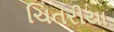
ચિતરીયા